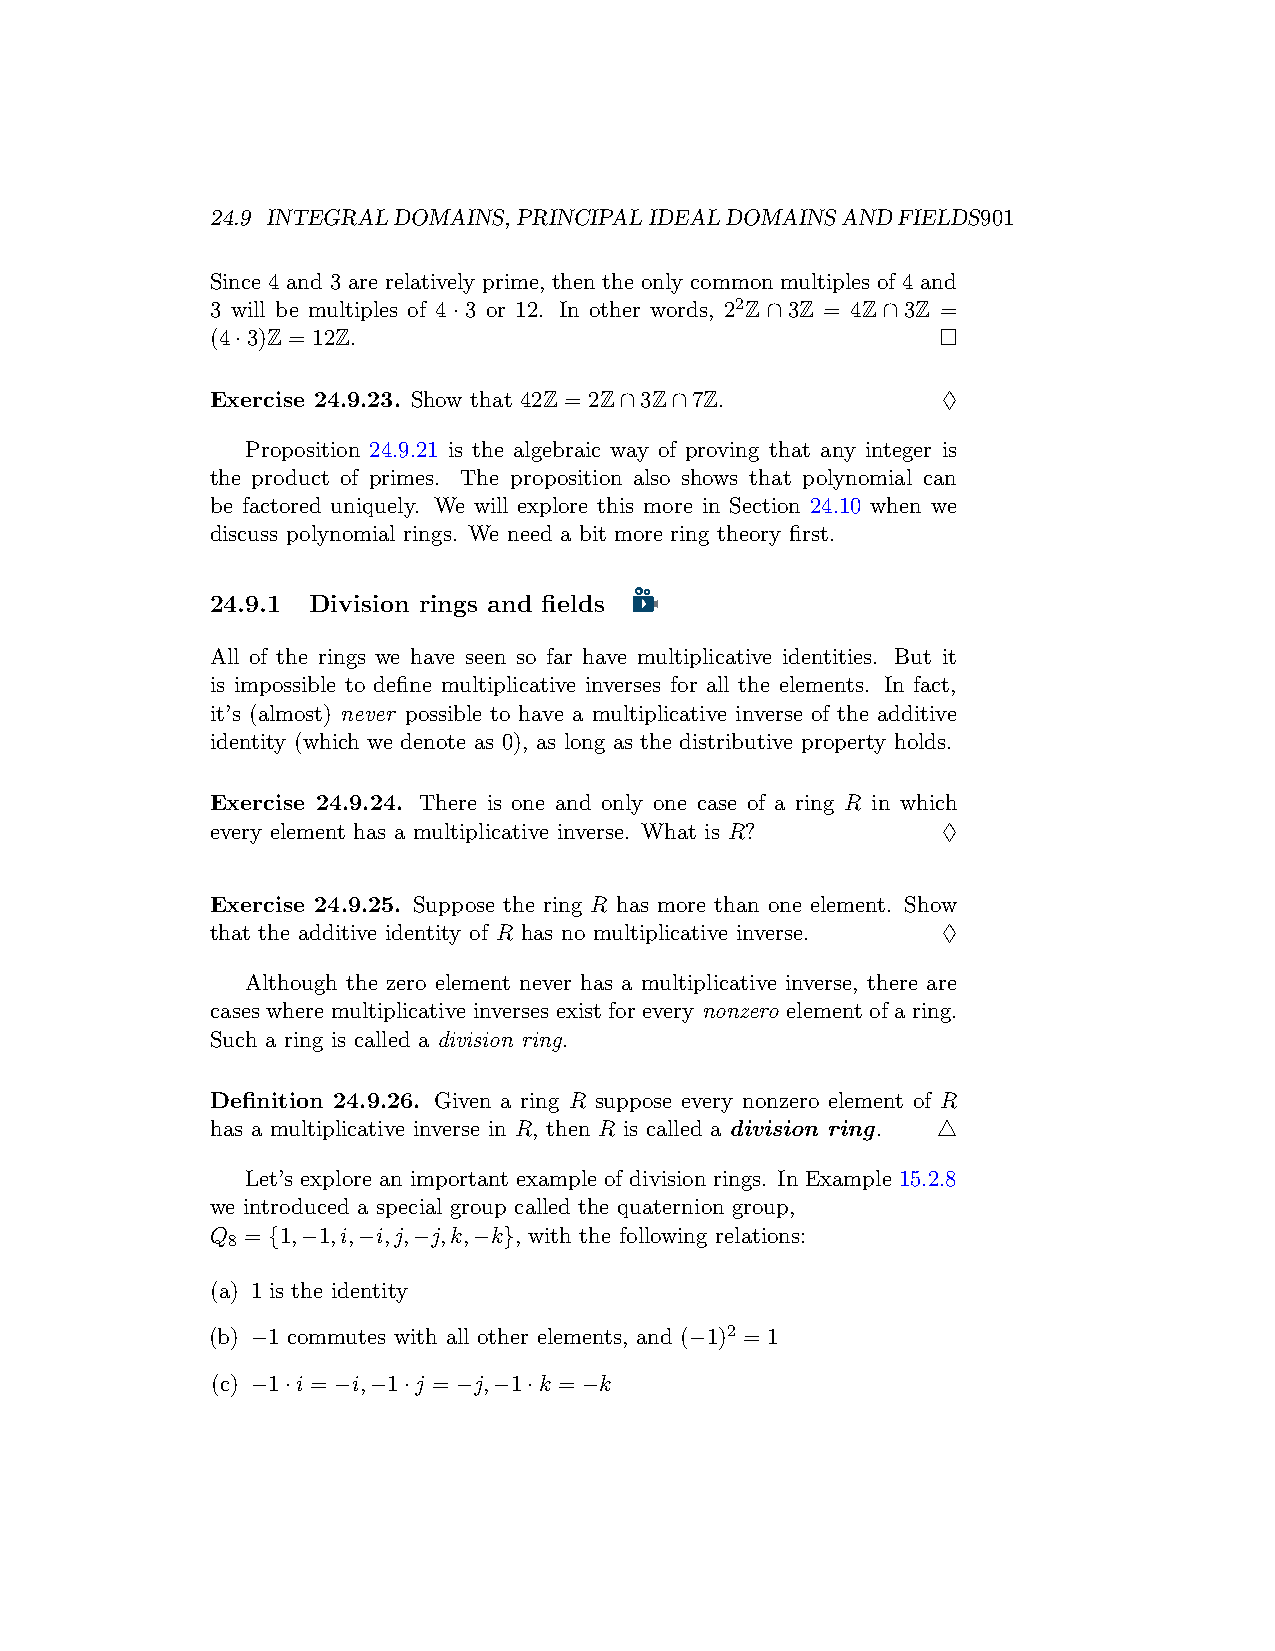
24.9 INTEGRALDOMAINS,PRINCIPALIDEALDOMAINSANDFIELDS901
 Since 4 and 3 are relatively prime, then the only common multiples of 4 and
 3 will be multiples of 4·3 or 12. In other words, 22Z∩3Z = 4Z∩3Z =
 (4·3)Z = 12Z.                                   □
 Exercise 24.9.23. Show that 42Z = 2Z∩3Z∩7Z.     ♢
 Proposition 24.9.21 is the algebraic way of proving that any integer is
 the product of primes. The proposition also shows that polynomial can
 be factored uniquely. We will explore this more in Section 24.10 when we
 discuss polynomial rings. We need a bit more ring theory first.
 24.9.1 Division rings and fields
 All of the rings we have seen so far have multiplicative identities. But it
 is impossible to define multiplicative inverses for all the elements. In fact,
 it’s (almost) never possible to have a multiplicative inverse of the additive
 identity (which we denote as 0), as long as the distributive property holds.
 Exercise 24.9.24. There is one and only one case of a ring R in which
 every element has a multiplicative inverse. What is R? ♢
 Exercise 24.9.25. Suppose the ring R has more than one element. Show
 that the additive identity of R has no multiplicative inverse. ♢
 Although the zero element never has a multiplicative inverse, there are
 cases where multiplicative inverses exist for every nonzero element of a ring.
 Such a ring is called a division ring.
 Definition 24.9.26. Given a ring R suppose every nonzero element of R
 has a multiplicative inverse in R, then R is called a division ring. △
 Let’s explore an important example of division rings. In Example 15.2.8
 we introduced a special group called the quaternion group,
 Q = {1,−1,i,−i,j,−j,k,−k}, with the following relations:
 8
 (a) 1 is the identity
 (b) −1 commutes with all other elements, and (−1)2 = 1
 (c) −1·i = −i,−1·j = −j,−1·k = −k